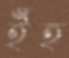
ইঁহ